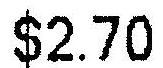
$2.70